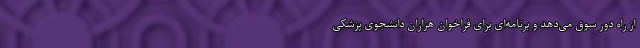
از راه دور سوق می‌دهد و برنامه‌ای برای فراخوان هزاران دانشجوی پزشکی